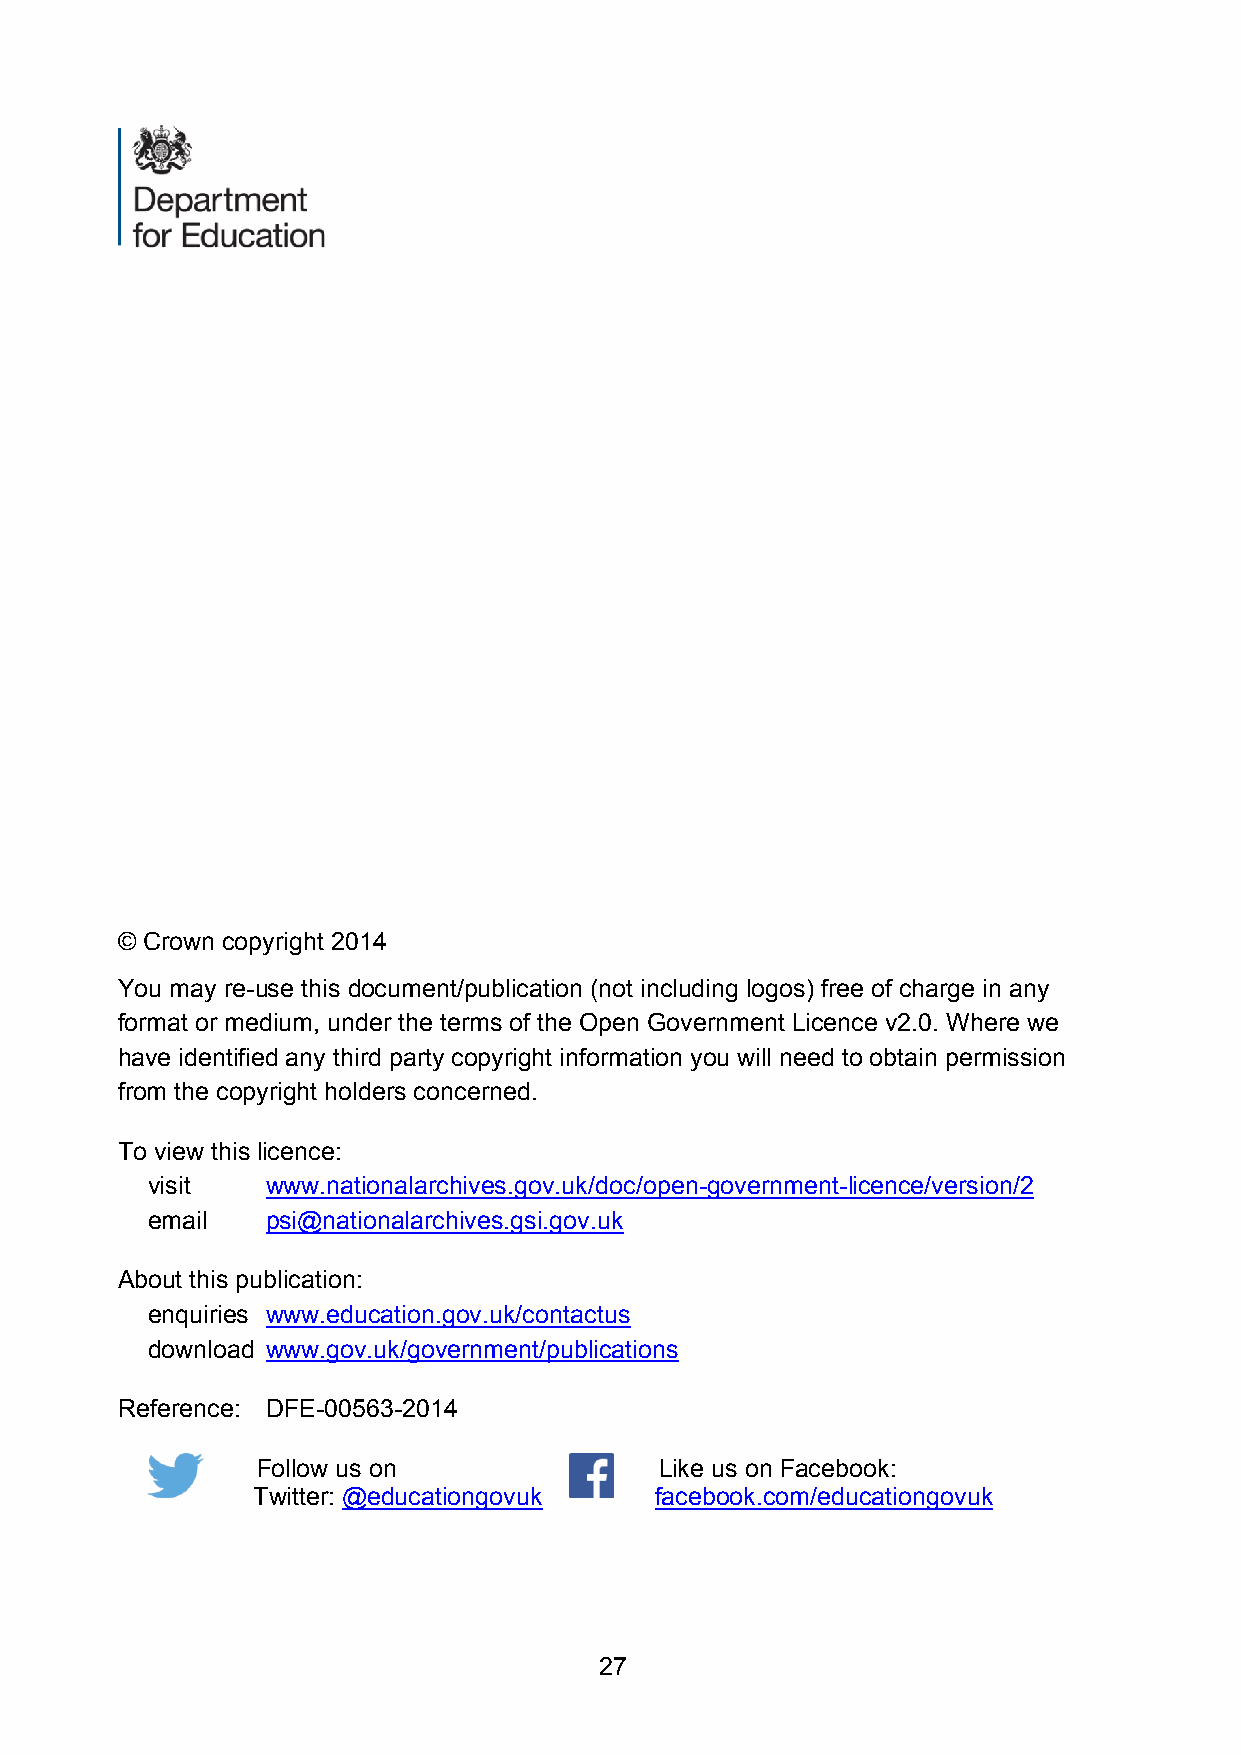
© Crown copyright 2014
 You may re-use this document/publication (not including logos) free of charge in any
 format or medium, under the terms of the Open Government Licence v2.0. Where we
 have identified any third party copyright information you will need to obtain permission
 from the copyright holders concerned.
 To view this licence:
 visit   www.nationalarchives.gov.uk/doc/open-government-licence/version/2
 email   psi@nationalarchives.gsi.gov.uk
 About this publication:
 enquiries www.education.gov.uk/contactus
 download www.gov.uk/government/publications
 Reference: DFE-00563-2014
 Follow us on               Like us on Facebook:
 Twitter: @educationgovuk  facebook.com/educationgovuk
 27